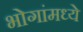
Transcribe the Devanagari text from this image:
भोगांमध्ये